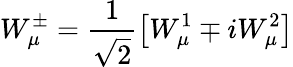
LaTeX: W_{\mu}^{\pm}=\frac{1}{\sqrt 2}\left[W_{\mu}^{1}\mp iW_{\mu}^{2}\right]